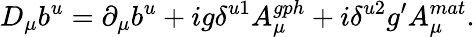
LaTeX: D_{\mu}b^{u}=\partial_{\mu}b^{u}+ig\delta^{u1}A_{\mu}^{gph}+i\delta^{u2}g^{\prime}A_{\mu}^{mat}.